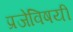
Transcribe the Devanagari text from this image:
प्रजेविषयीं